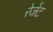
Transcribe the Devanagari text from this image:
रेजेंट